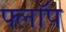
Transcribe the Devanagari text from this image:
फ्लाॅप